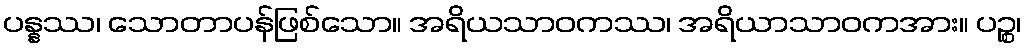
ပန္နဿ၊ သောတာပန်ဖြစ်သော။ အရိယသာဝကဿ၊ အရိယာသာဝကအား။ ပဉ္စ၊